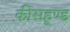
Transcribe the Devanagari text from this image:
कीसहूण्ड